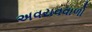
અવયવવાળો